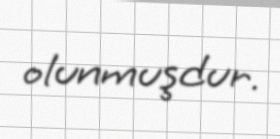
olunmuşdur.